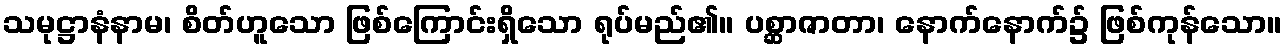
သမုဋ္ဌာနံနာမ၊ စိတ်ဟူသော ဖြစ်ကြောင်းရှိသော ရုပ်မည်၏။ ပစ္ဆာဇာတာ၊ နောက်နောက်၌ ဖြစ်ကုန်သော။